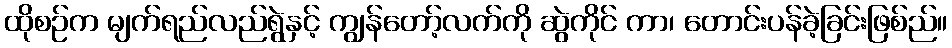
ထိုစဉ်က မျက်ရည်လည်ရွဲနှင့် ကျွန်တော့်လက်ကို ဆွဲကိုင် ကာ၊ တောင်းပန်ခဲ့ခြင်းဖြစ်ည်။